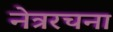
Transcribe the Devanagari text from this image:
नेत्ररचना